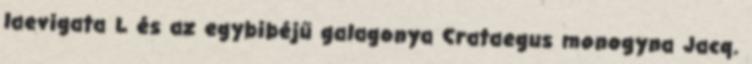
laevigata L és az egybibéjű galagonya Crataegus monogyna Jacq.